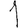
Digit: 1